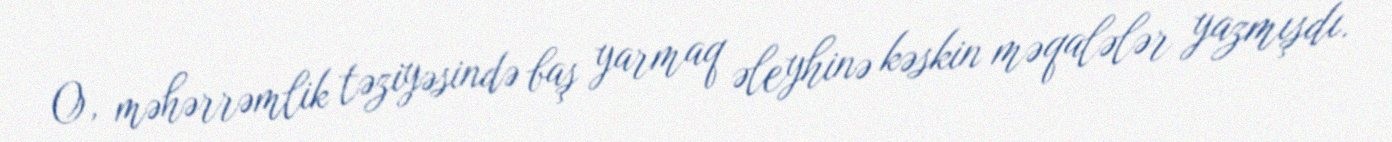
O, məhərrəmlik təziyəsində baş yarmaq əleyhinə kəskin məqalələr yazmışdı.